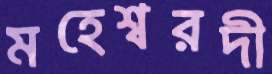
মহেশ্বরদী